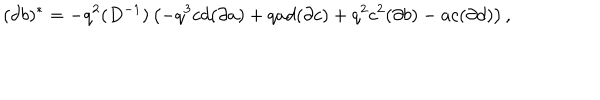
( \partial b ) ^ { * } = - q ^ { 2 } ( D ^ { - 1 } ) \left( - q ^ { 3 } c d ( \partial a ) + q a d ( \partial c ) + q ^ { 2 } c ^ { 2 } ( \partial b ) - a c ( \partial d ) \right) ,